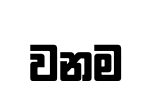
වනම